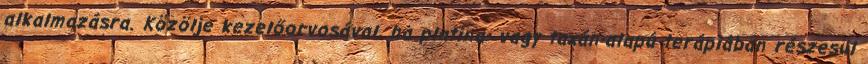
alkalmazásra. Közölje kezelőorvosával, ha platina- vagy taxán-alapú terápiában részesül